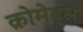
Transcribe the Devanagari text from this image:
क्रोमेट्स